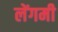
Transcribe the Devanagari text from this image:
लेंगमी